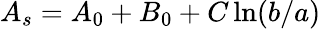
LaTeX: A_{s}=A_{0}+B_{0}+C\ln(b/a)